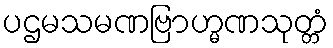
ပဌမသမဏဗြာဟ္မဏသုတ္တံ